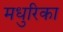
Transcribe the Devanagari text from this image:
मधुरिका